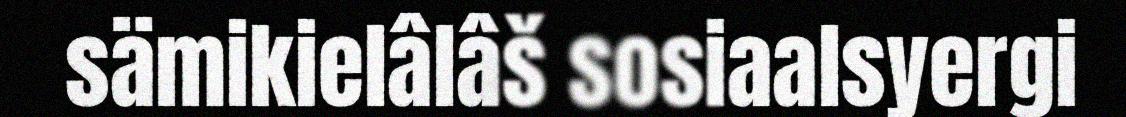
sämikielâlâš sosiaalsyergi